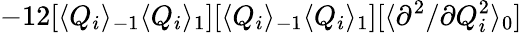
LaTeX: -12[\langle Q_{i}\rangle_{-1}\langle Q_{i}\rangle_{1}][\langle Q_{i}\rangle_{-1}\langle Q_{i}\rangle_{1}][\langle{\partial^{2}}/{\partial Q_{i}^{2}}\rangle_{0}]